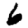
Digit: 6